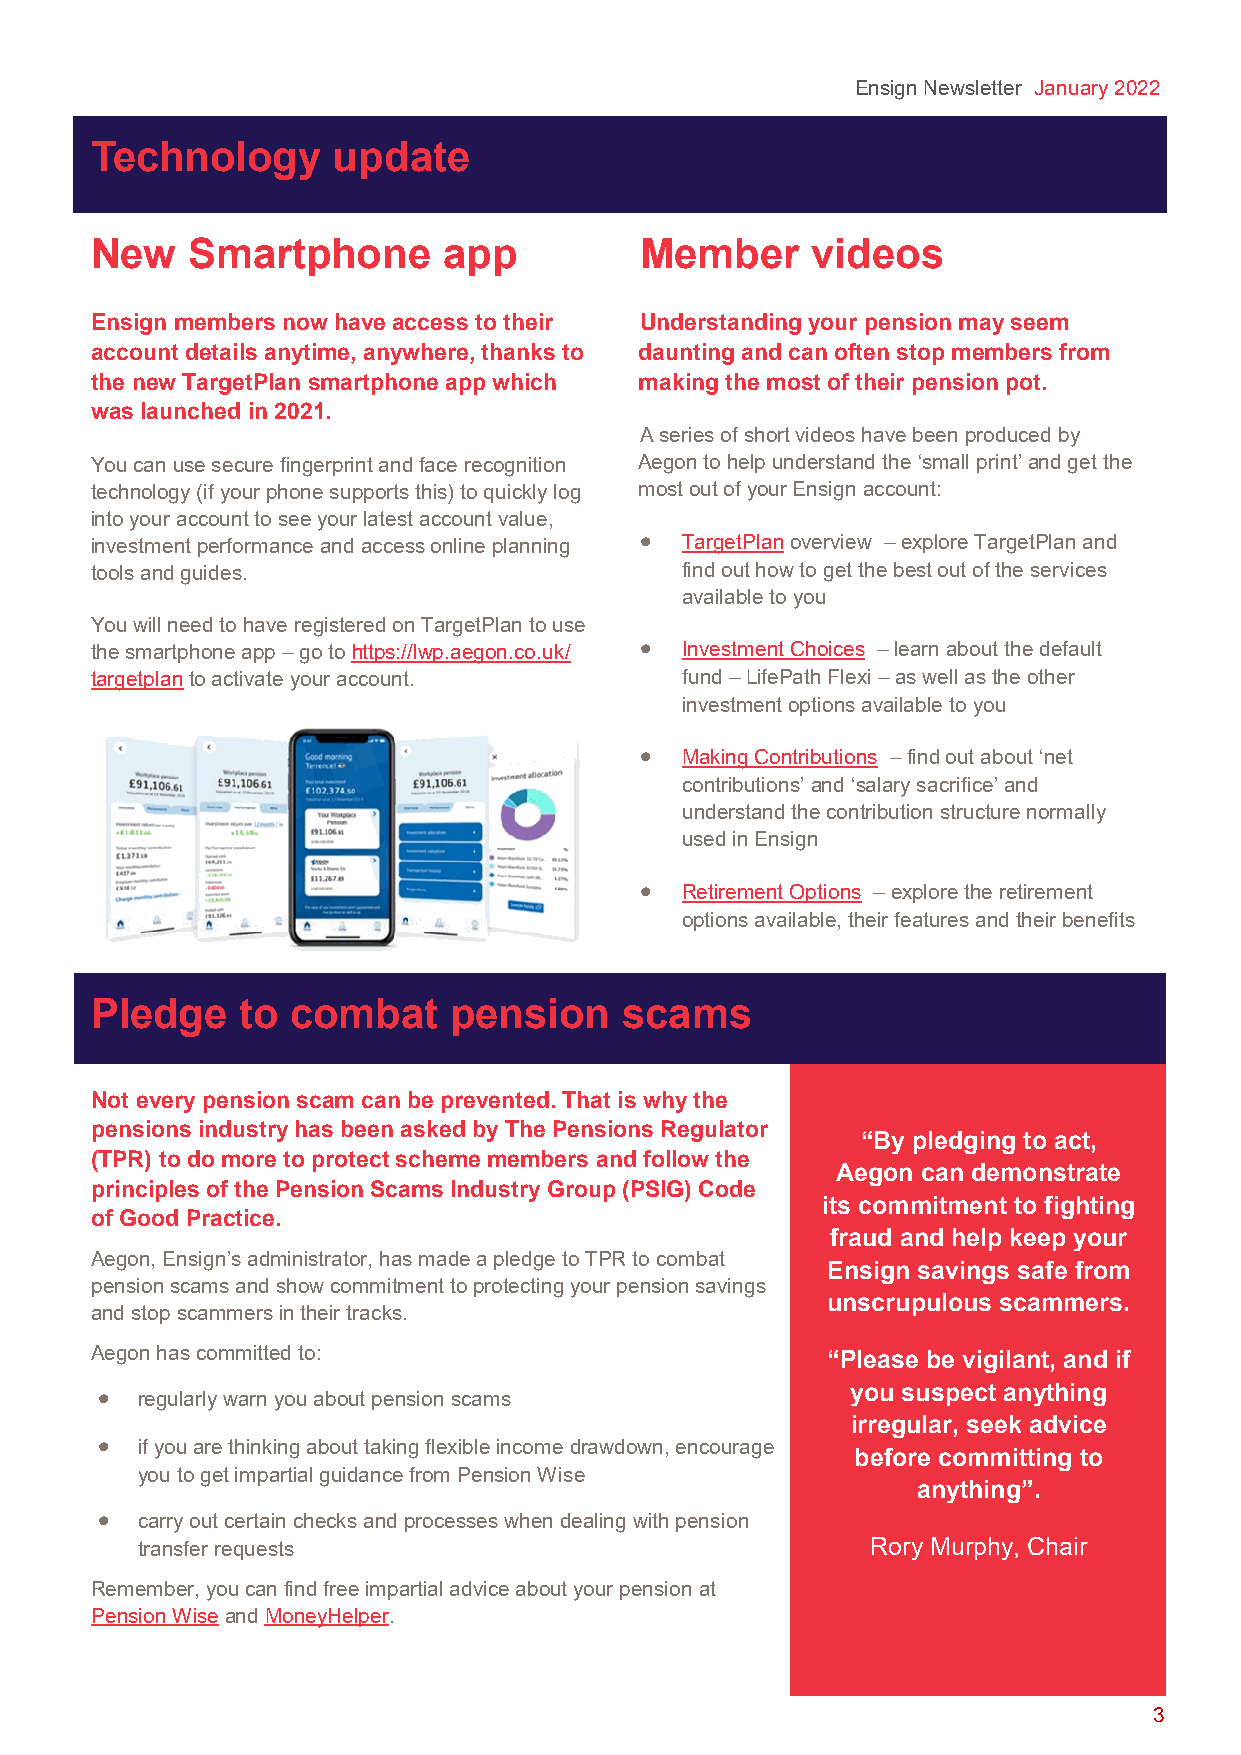
Ensign Newsletter January 2022
 Technology      update
 New   Smartphone       app          Member      videos
 Ensign members now have access to their Understanding your pension may seem
 account details anytime, anywhere, thanks to daunting and can often stop members from
 the new TargetPlan smartphone app which making the most of their pension pot.
 was launched in 2021.
 A series of short videos have been produced by
 You can use secure fingerprint and face recognition Aegon to help understand the ‘small print’ and get the
 technology (if your phone supports this) to quickly log most out of your Ensign account:
 into your account to see your latest account value,
 investment performance and access online planning • TargetPlan overview – explore TargetPlan and
 tools and guides.                      find out how to get the best out of the services
 available to you
 You will need to have registered on TargetPlan to use
 the smartphone app – go to https://lwp.aegon.co.uk/ • Investment Choices – learn about the default
 targetplan to activate your account.   fund – LifePath Flexi – as well as the other
 investment options available to you
 •  Making Contributions – find out about ‘net
 contributions’ and ‘salary sacrifice’ and
 understand the contribution structure normally
 used in Ensign
 •  Retirement Options – explore the retirement
 options available, their features and their benefits
 Pledge    to combat     pension    scams
 Not every pension scam can be prevented. That is why the
 pensions industry has been asked by The Pensions Regulator
 “By pledging to act,
 (TPR) to do more to protect scheme members and follow the
 Aegon can demonstrate
 principles of the Pension Scams Industry Group (PSIG) Code
 its commitment to fighting
 of Good Practice.
 fraud and help keep your
 Aegon, Ensign’s administrator, has made a pledge to TPR to combat
 Ensign savings safe from
 pension scams and show commitment to protecting your pension savings
 unscrupulous scammers.
 and stop scammers in their tracks.
 Aegon has committed to:                          “Please be vigilant, and if
 •  regularly warn you about pension scams         you suspect anything
 irregular, seek advice
 •  if you are thinking about taking flexible income drawdown, encourage
 before committing to
 you to get impartial guidance from Pension Wise
 anything”.
 •  carry out certain checks and processes when dealing with pension
 transfer requests                                Rory Murphy, Chair
 Remember, you can find free impartial advice about your pension at
 Pension Wise and MoneyHelper.
 3